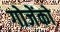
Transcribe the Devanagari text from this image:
गोजेंको